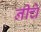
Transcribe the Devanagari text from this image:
नीचे